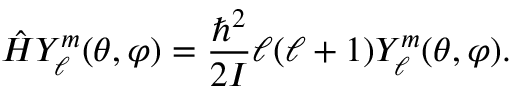
{ \hat { H } } Y _ { \ell } ^ { m } ( \theta , \varphi ) = { \frac { \hbar ^ { 2 } } { 2 I } } \ell ( \ell + 1 ) Y _ { \ell } ^ { m } ( \theta , \varphi ) .